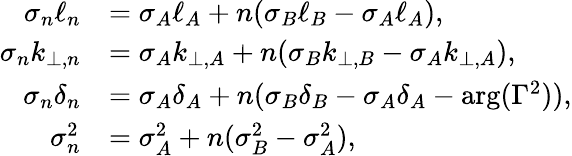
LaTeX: \begin{array}{rl}{\sigma_{n}\ell_{n}}&{=\sigma_{A}\ell_{A}+n(\sigma_{B}\ell_{B}-\sigma_{A}\ell_{A}),}\\ {\sigma_{n}k_{\perp,n}}&{=\sigma_{A}k_{\perp,A}+n(\sigma_{B}k_{\perp,B}-\sigma_{A}k_{\perp,A}),}\\ {\sigma_{n}\delta_{n}}&{=\sigma_{A}\delta_{A}+n(\sigma_{B}\delta_{B}-\sigma_{A}\delta_{A}-\arg(\Gamma^{2})),}\\ {\sigma_{n}^{2}}&{=\sigma_{A}^{2}+n(\sigma_{B}^{2}-\sigma_{A}^{2}),}\end{array}